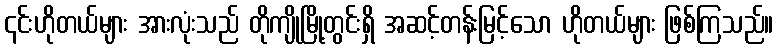
၎င်းဟိုတယ်များ အားလုံးသည် တိုကျိုမြို့တွင်းရှိ အဆင့်တန်းမြင့်သော ဟိုတယ်များ ဖြစ်ကြသည်။